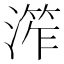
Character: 𱨙